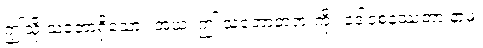
ဤသို့ သဘောရှိသော။ အယံ၊ ဤ သဘောတရားကို။ ဒေါဝစနဿတာ နာမ၊